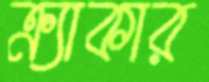
ক্র্যাকার